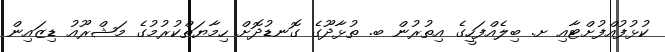
ކުޅުފުއްފުށްޓާއި ށ. ބިލެއްފަހީގެ އިތުރުން ބ. ތުޅާދޫގެ ގޮނޑުދޮށް ހިމާޔަތްކުރުމުގެ މަޝްރޫއު ޑިޒައިން